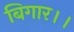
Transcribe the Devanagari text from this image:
बिगार।।